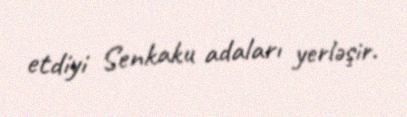
etdiyi Senkaku adaları yerləşir.